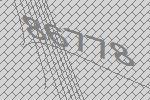
86778